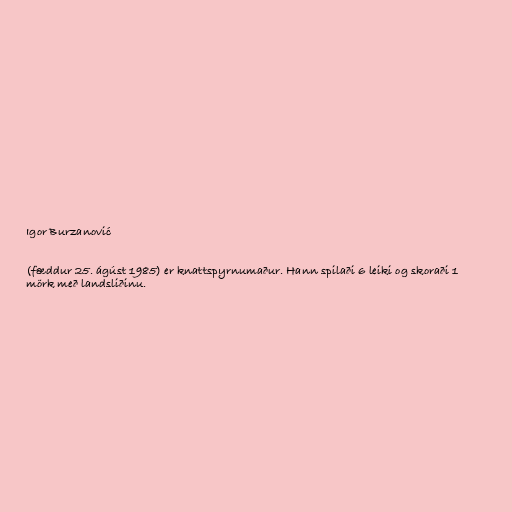
Igor Burzanović

(fæddur 25. ágúst 1985) er knattspyrnumaður. Hann spilaði 6 leiki og skoraði 1
mörk með landsliðinu.